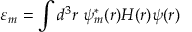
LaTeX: \varepsilon _ { m } = \int d ^ { 3 } r \ \psi _ { m } ^ { * } ( { \boldsymbol { r } } ) H ( { \boldsymbol { r } } ) \psi ( { \boldsymbol { r } } )